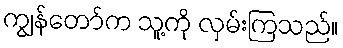
ကျွန်တော်က သူ့ကို လှမ်းကြသည်။